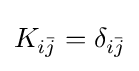
K_{i{\bar {j}}}=\delta _{i{\bar {j}}}